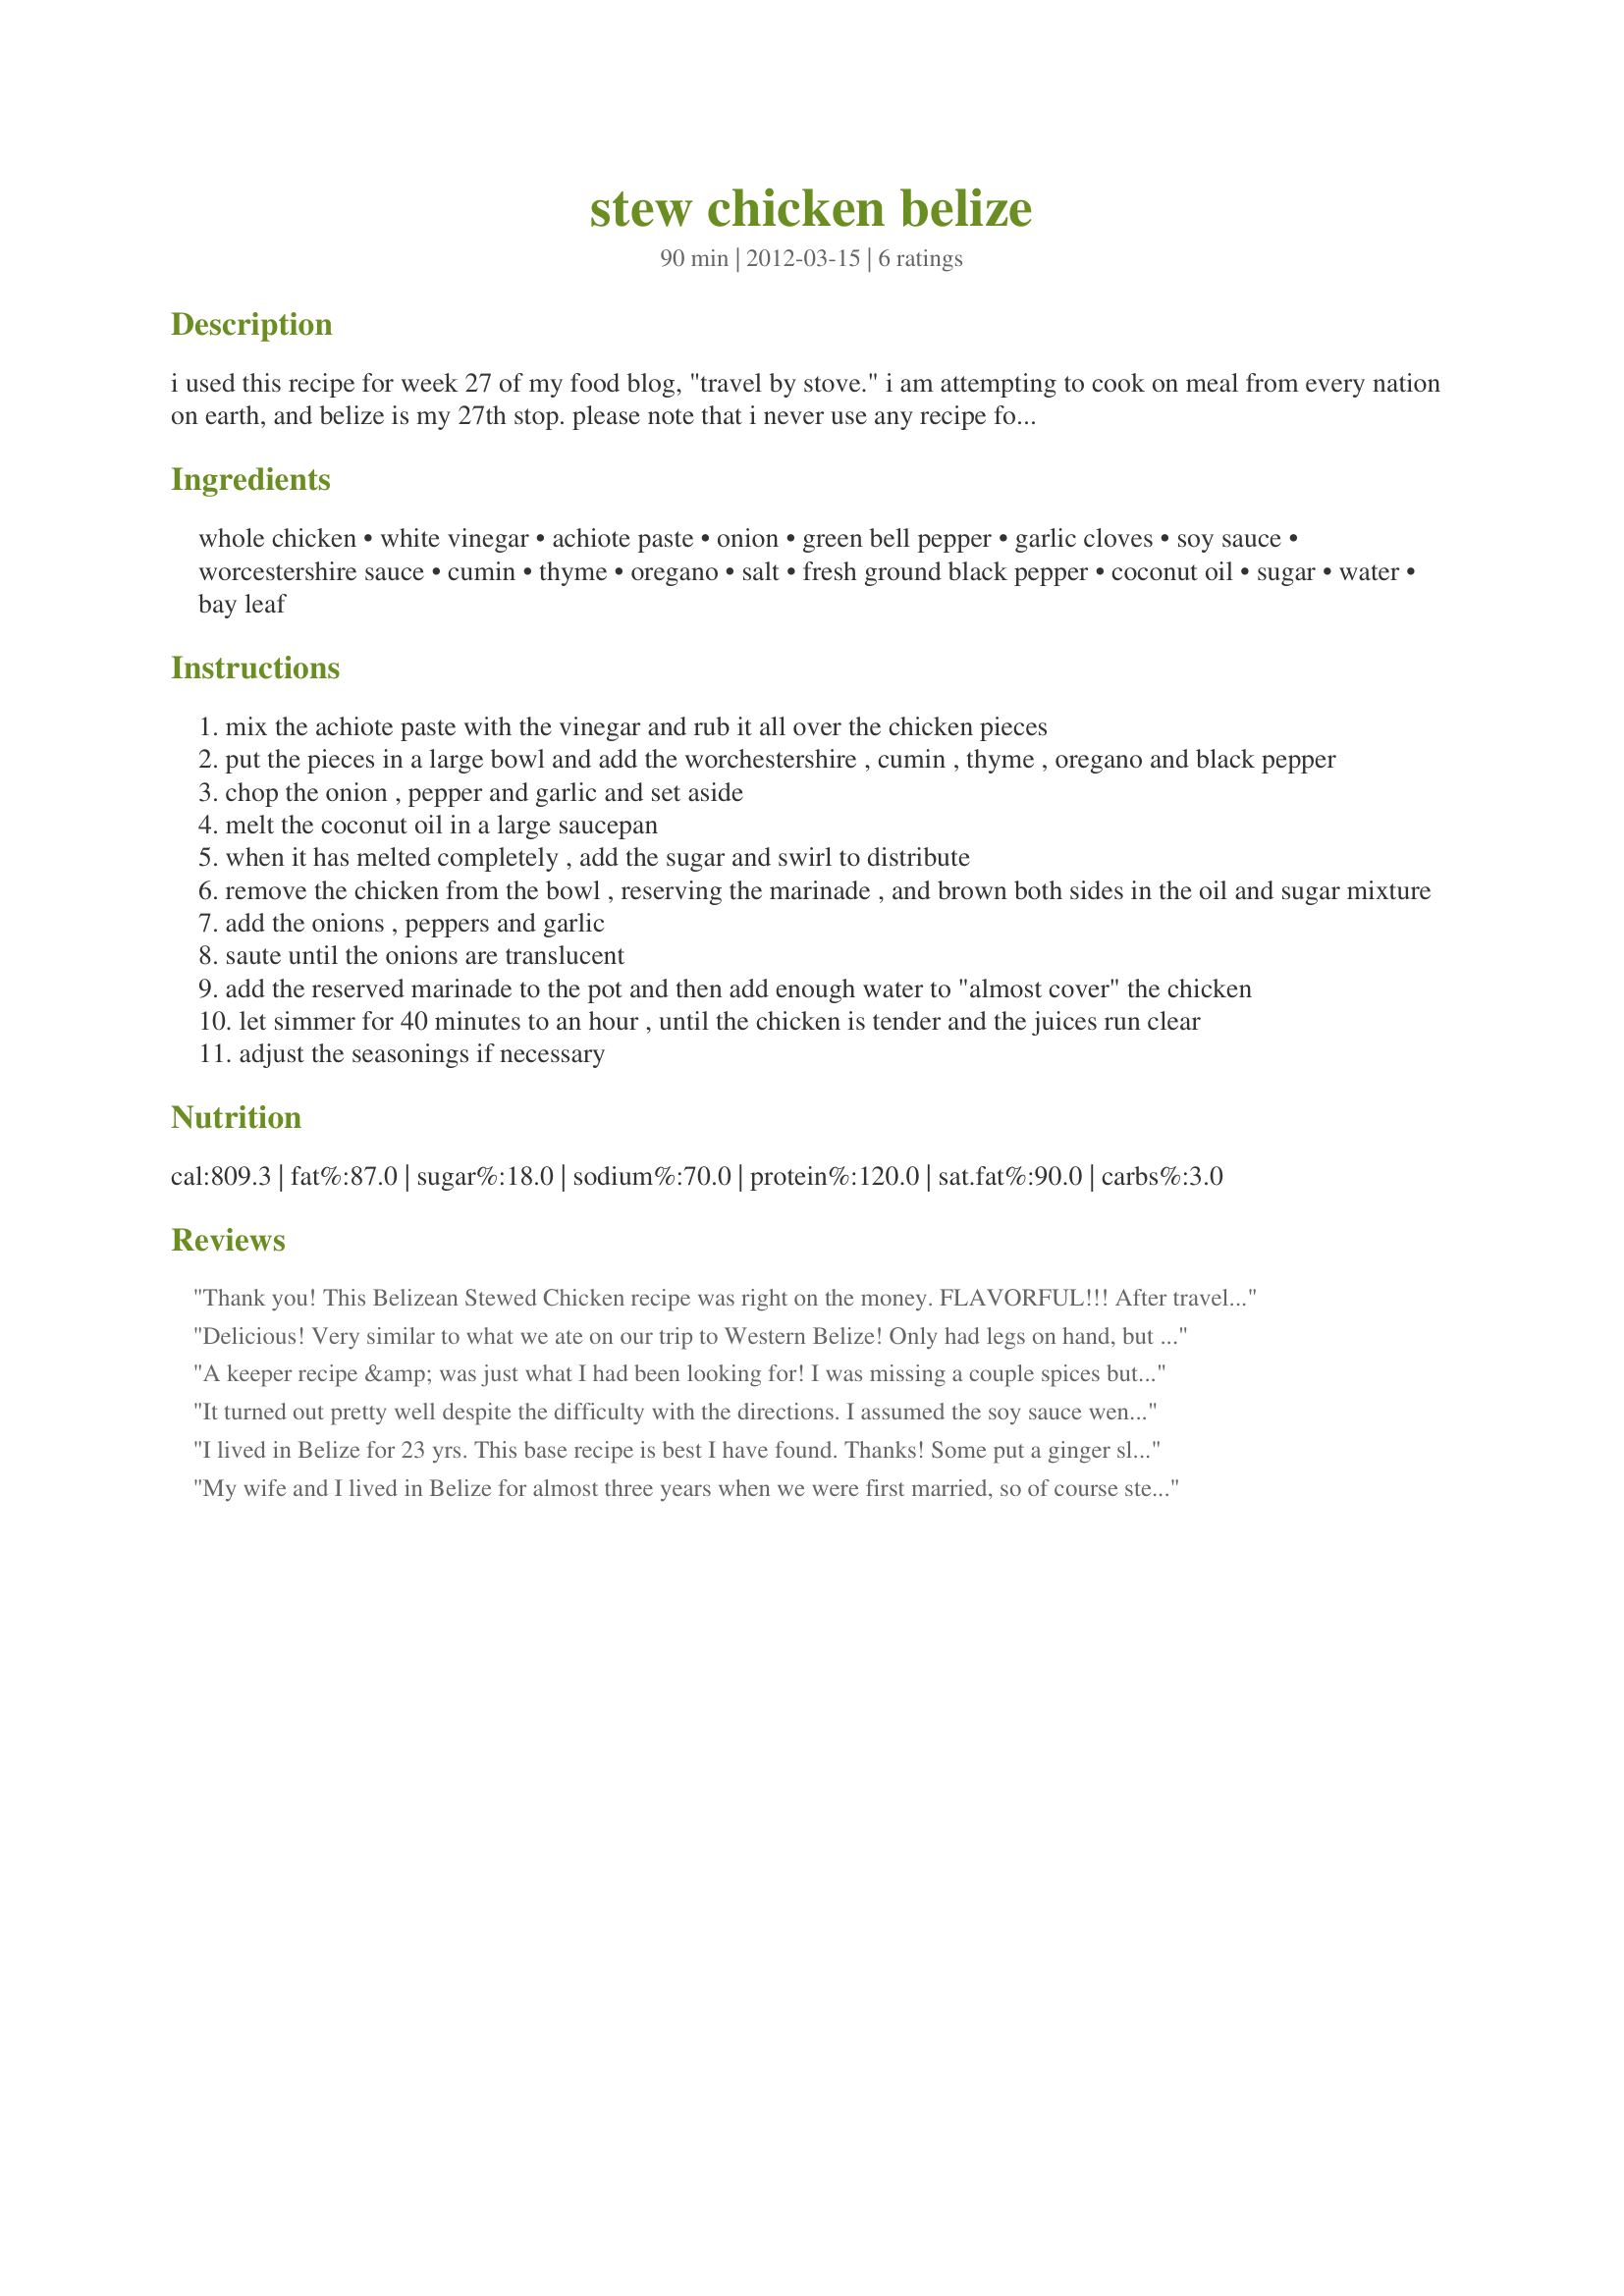
stew chicken belize
Preparation time: 90 minutes

i used this recipe for week 27 of my food blog, "travel by stove." i am attempting to cook on meal from every nation on earth, and belize is my 27th stop. please note that i never use any recipe for my blog that i'm not reasonably sure is from authentic or traditional sources, and this recipe has been posted without any alternations or additions to the ingredients.

Ingredients:
whole chicken, white vinegar, achiote paste, onion, green bell pepper, garlic cloves, soy sauce, worcestershire sauce, cumin, thyme, oregano, salt, fresh ground black pepper, coconut oil, sugar, water, bay leaf

Steps:
mix the achiote paste with the vinegar and rub it all over the chicken pieces
put the pieces in a large bowl and add the worchestershire , cumin , thyme , oregano and black pepper
chop the onion , pepper and garlic and set aside
melt the coconut oil in a large saucepan
when it has melted completely , add the sugar and swirl to distribute
remove the chicken from the bowl , reserving the marinade , and brown both sides in the oil and sugar mixture
add the onions , peppers and garlic
saute until the onions are translucent
add the reserved marinade to the pot and then add enough water to "almost cover" the chicken
let simmer for 40 minutes to an hour , until the chicken is tender and the juices run clear
adjust the seasonings if necessary

Reviews:
Thank you! This Belizean Stewed Chicken recipe was right on the money. FLAVORFUL!!! After traveling to Belize this summer, we&#039;ve been looking for a recipe that recreates the wonderful Belizean Stew Chicken. THIS IS IT! A Note: Be careful to not overcook or the chicken will dry out. It is important to cook it uncovered so the water will simmer down to a broth that can then go over rice or the chicken if you want. We did chicken thighs with skin on and two boneless, skinless breasts (those got a little dry - again we overcooked it a bit - our fault). Also, the coconut oil fries HOT - so be careful to use a medium setting to brown the chicken. We brought Red Recado back with us from Belize, and it worked great. Wonderful flavor in this dish.
Delicious! Very similar to what we ate on our trip to Western Belize! Only had legs on hand, but turned out so tender. Since I was only able to get the annato seeds at our grocery, I found this recipe to make the achiote paste: http://www.food.com/recipe/achiote-paste-102398. Needless to say, it all disappeared in one sitting, and I was told by my daughter that she liked it better than lasagna, so that is saying a lot!
A keeper recipe &amp; was just what I had been looking for! I was missing a couple spices but it still turned out delicious! I shared this delightful recipe on Facebook &amp; added that you can substitute the ingredients to your diet or liking, i.e. use skinless chicken breast. I used gold bell pepper instead of green. The essential ingredient is the Achiote or Annatto spice which gives it the reddish-orange color. I think the slow simmering of the bell pepper added to the sweet taste of the sauce.
It turned out pretty well despite the difficulty with the directions. I assumed the soy sauce went in with the Worcestershire sauce. And half way through the meal, it occurred to me to spread the sauce in which the chicken cooked over the chicken (as well as the beans and rice). That helped a lot. The chicken cooked 45 minutes, and that was plenty long.
I lived in Belize for 23 yrs. This base recipe is best I have found. Thanks! Some put a ginger slice in oil after dissolving sugar and then take out when cooked up. Or leave in and then remove at serving. Thin slices of red n green bell pepper add to presentation instead of cubing. The absolute best stew chicken I ate was cooked by a Belizean gal at a popular gourmet restaurant. It had a slight hint of curry on top of the base spices. Might try that experiment. It was plain Jamaican yellow curry powder. Don’t cut all the fat off the chicken that’s what makes the richness. It’s not diet cooking so don’t abort it. The sauce needs to be cooked down so it’s not too watery. I would recommend marinating the chicken overnight. Serve with a pan fried banana in butter for a side and coconut brown rice with a few black beans in it. I saw a 1000 tourists eat stew chicken and not one ever said anything but yum! The only thing I would take over the above is spicy jerk chicken cooked in same manner.
My wife and I lived in Belize for almost three years when we were first married, so of course stewed Chicken, beans and rice, plantain, potatoe salad and lime juice was a common meal. I&#039;ve looked for a good recipe to recreate those flavors and smells, and this comes as close as we can get without flying down to Belize City! I called several shops and finally found achiote paste at a local Mexican market. Made this with Gallo Pinto (a Costa Rican style rice and black bean dish)
